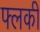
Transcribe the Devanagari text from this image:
फ्लकी